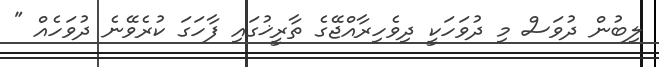
ލިބުން ދުވަސް މި ދުވަހަކީ ދިވެހިރާއްޖޭގެ ތާރީޚުގައި ފާހަގަ ކުރެވޭނެ ދުވަހެއް "